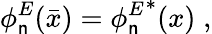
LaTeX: \phi_{\mathsf{n}}^{E}(\bar{{x}})={\phi_{\mathsf{n}}^{E}}^{*}(x){\; ,}